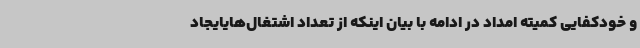
و خودکفایی کمیته امداد در ادامه با بیان اینکه از تعداد اشتغال‌هایایجاد